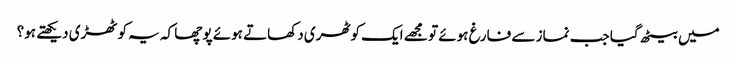
میں بیٹھ گیا جب نماز سے فارغ ہوئے تو مجھے ایک کوٹھری دکھاتے ہوئے پوچھا کہ یہ کوٹھڑی دیکھتے ہو؟